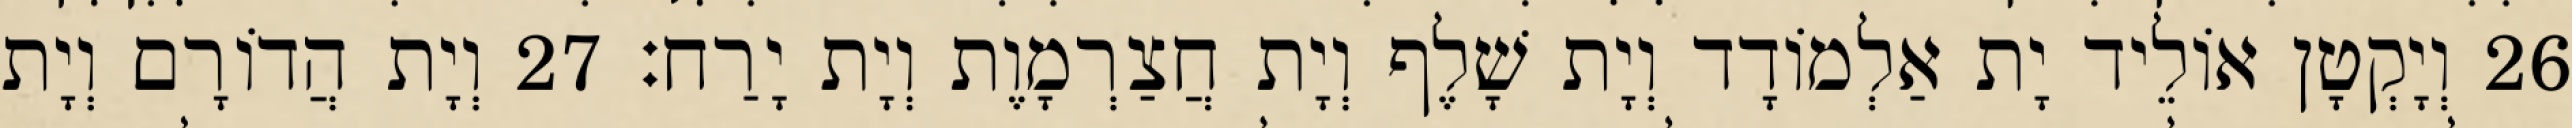
26 וְיָקְטָן אוֹלֵיד יָת אַלְמוֹדָד וְיָת שָׁלֶף וְיָת חֲצַרְמָוֶת וְיָת יָרַח׃ 27 וְיָת הֲדוֹרָם וְיָת